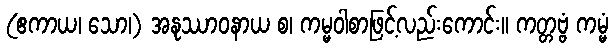
(ဧကာယ၊ သော၊) အနုဿာဝနာယ စ၊ ကမ္မဝါစာဖြင့်လည်းကောင်း။ ကတ္တဗ္ဗံ ကမ္မံ